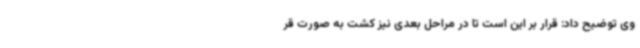
وی توضیح داد: قرار بر این است تا در مراحل بعدی نیز کشت به صورت قر